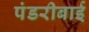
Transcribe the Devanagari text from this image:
पंडरीबाई